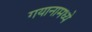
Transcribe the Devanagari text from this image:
गयानामध्ये